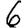
Digit: 6